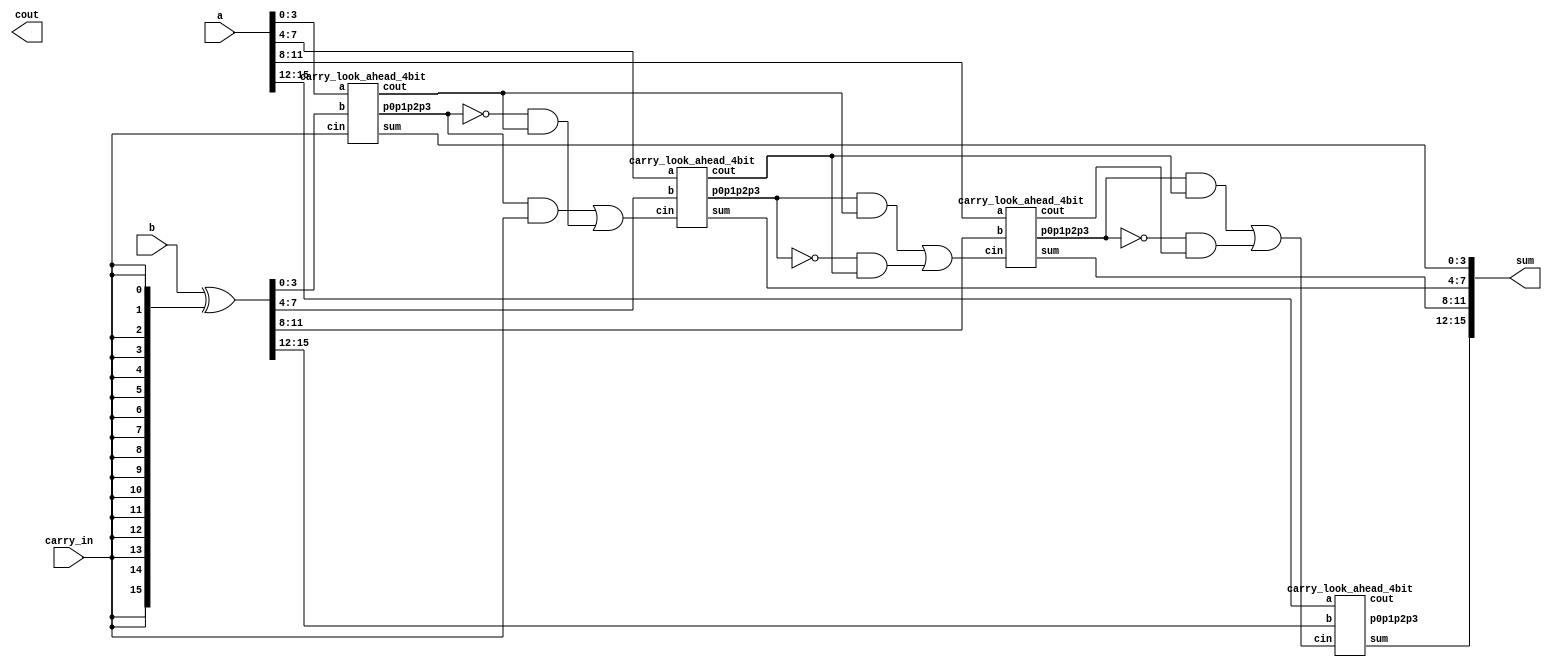
///////////////////////////////////////////////////////////

//16-bit Carry Look Ahead Adder 

///////////////////////////////////////////////////////////



`timescale 1ns / 1ps

module carry_look_ahead_16bit(a,b, carry_in, sum,cout);

  input signed[15:0] a,b;

input carry_in;

output signed[15:0] sum;

output cout;

wire c1,c2,c3,c4,c5,c6,c7;

  wire [15:0] b_int;

  wire [6:0]p;

  wire c1_p,c2_p,c3_p,c4_p,c5_p,c6_p,c7_p;



  assign b_int = (b ^ {16{carry_in}});// negate b for subtraction 

  carry_look_ahead_4bit cla1 (.a(a[3:0]), .b(b_int[3:0]), .cin((carry_in)), .sum(sum[3:0]), .cout(c1),.p0p1p2p3(p[0]));

  

  assign c1_p = (p[0] & carry_in) || ((!p[0]) & c1);//mux for carry propogation

  carry_look_ahead_4bit cla2 (.a(a[7:4]), .b(b_int[7:4]), .cin(c1_p), .sum(sum[7:4]), .cout(c2),.p0p1p2p3(p[1]));

  

  assign c2_p = (p[1] & c1) || ((~p[1])&c2);

  carry_look_ahead_4bit cla3(.a(a[11:8]), .b(b_int[11:8]), .cin(c2_p), .sum(sum[11:8]), .cout(c3),.p0p1p2p3(p[2]));

  

  assign c3_p = (p[2] & c2) || ((~p[2])&c3);

  carry_look_ahead_4bit cla4(.a(a[15:12]), .b(b_int[15:12]), .cin(c3_p), .sum(sum[15:12]), .cout(c4),.p0p1p2p3(p[3]));



endmodule  

////////////////////////////////////////////////////////

//4-bit Carry Look Ahead Adder 

////////////////////////////////////////////////////////



module carry_look_ahead_4bit(a,b, cin, sum,cout,p0p1p2p3);

input [3:0] a,b;

input cin;

output [3:0] sum;

output cout;

  output p0p1p2p3;

  wire [3:0] p,g,c;



assign p=a^b;//propagate

assign g=a&b; //generate



//carry=gi + Pi.ci



assign c[0]=cin;

assign c[1]= g[0]|(p[0]&c[0]);

assign c[2]= g[1] | (p[1]&g[0]) | p[1]&p[0]&c[0];

assign c[3]= g[2] | (p[2]&g[1]) | p[2]&p[1]&g[0] | p[2]&p[1]&p[0]&c[0];

assign cout= g[3] | (p[3]&g[2]) | p[3]&p[2]&g[1] | p[3]&p[2]&p[1]&g[0] | p[3]&p[2]&p[1]&p[0]&c[0];

assign sum=p^c;

  assign p0p1p2p3=p[0]&p[1]&p[2]&p[3];



endmodule



///////////////////////////////////////////////////////////

//Complex multiplier

//////////////////////////////////////////////////////////

//`timescale 1ns / 1ps

module complex_mult(multiplicant,product);


  input signed [15:0]multiplicant;

  output signed [15:0]product;

  wire [15:0]sum1,sum2,sum3,sum4,sum5;

  wire cout1,cout2,cout3,cout4,cout5;

  

  carry_look_ahead_16bit cla_16_1 (.a({multiplicant[15],multiplicant[15:1]}),.b({multiplicant[15],multiplicant[15],multiplicant[15],multiplicant[15:3]}), .carry_in(1'b0), .sum(sum1),.cout(cout1));

  

  carry_look_ahead_16bit cla_16_2 (.a({multiplicant[15],multiplicant[15],multiplicant[15],multiplicant[15],multiplicant[15:4]}),.b({multiplicant[15],multiplicant[15],multiplicant[15],multiplicant[15],multiplicant[15],multiplicant[15],multiplicant[15:6]}), .carry_in(1'b0), .sum(sum2),.cout(cout2));

  

    carry_look_ahead_16bit cla_16_3 (.a({multiplicant[15],multiplicant[15],multiplicant[15],multiplicant[15],multiplicant[15],multiplicant[15],multiplicant[15],multiplicant[15],multiplicant[15:8]}),.b({multiplicant[15],multiplicant[15],multiplicant[15],multiplicant[15],multiplicant[15],multiplicant[15],multiplicant[15],multiplicant[15],multiplicant[15],multiplicant[15],multiplicant[15:10]}), .carry_in(1'b0), .sum(sum3),.cout(cout3));

   carry_look_ahead_16bit cla_16_4 (.a(sum1),.b(sum2), .carry_in(1'b0), .sum(sum4),.cout(cout4));

  carry_look_ahead_16bit cla_16_5 (.a(sum3),.b(sum4), .carry_in(1'b0), .sum(sum5),.cout(cout5));

  

  assign product=sum5;

  

endmodule



///////////////////////////////////////////////////////////

//Butterfly Unit 

///////////////////////////////////////////////////////////

//`timescale 1ns / 1ps

module BFU(A_real,A_imag,B_real,B_imag,sel_w,X0_real, X0_imag, X1_real, X1_imag);


  input signed[15:0] A_real,A_imag,B_real,B_imag;

  input [1:0]sel_w;

  output signed [15:0] X0_real, X0_imag, X1_real, X1_imag;

  wire [15:0] sum1,diff1,B_sum_prod,B_sum_prod_n,B_diff_prod,B_real_n;

  reg signed [15:0] B_real_0,B_imag_0,B_real_1,B_imag_1,Bxw_real,Bxw_imag;

  wire cout1,cout2,cout3,cout4;

 

  always@(B_real,B_imag,sel_w)

    begin //Decoder to direct B based on w (sel_w)

      case(sel_w)

        2'b00,2'b10 : 

          begin

          B_real_0 <= B_real;

          B_imag_0 <= B_imag;

          end

        2'b01,2'b11 : 

          begin

          B_real_1 <= B_real;

          B_imag_1 <= B_imag;

          end

         endcase

        end

  carry_look_ahead_16bit cla_bfu_1 (.a(B_real_1),.b(B_imag_1), .carry_in(1'b0), .sum(sum1),.cout(cout1));//b_real+b_imag

  

  carry_look_ahead_16bit cla_bfu_2 (.a(B_imag_1),.b(B_real_1), .carry_in(1'b1), .sum(diff1),.cout(cout2));//b_imag-b_real

  

  complex_mult cmult_1 (.multiplicant(sum1),.product(B_sum_prod));//0.707*(sum)

  

  complex_mult cmult_2 (.multiplicant(diff1),.product(B_diff_prod));//0.707*(diff)

  

  carry_look_ahead_16bit cla_bfu_3 (.a(16'b0),.b(B_sum_prod), .carry_in(1'b1), .sum(B_sum_prod_n),.cout(cout3));//-0.707*(sum)

  

  carry_look_ahead_16bit cla_bfu_4 (.a(16'b0),.b(B_real_0), .carry_in(1'b1), .sum(B_real_n),.cout(cout3));//-b_real




   always@(*)

     begin

       case(sel_w)

         2'b00:

           begin

             Bxw_real <= B_real_0;

             Bxw_imag <= B_imag_0;

           end

         2'b01:

           begin

             Bxw_real <= B_sum_prod;

             Bxw_imag <= B_diff_prod;

           end

         2'b10:

           begin

             Bxw_real <= B_imag_0;

             Bxw_imag  <= B_real_n;

           end

         2'b11:

           begin

             Bxw_real <= B_diff_prod;

             Bxw_imag <= B_sum_prod_n;

           end

       endcase

      end

  

  carry_look_ahead_16bit cla_bfu_5 (.a(A_real),.b(Bxw_real), .carry_in(1'b0), .sum(X0_real),.cout());//A'_real

  carry_look_ahead_16bit cla_bfu_6 (.a(A_imag),.b(Bxw_imag), .carry_in(1'b0), .sum(X0_imag),.cout());//A'_imag

  carry_look_ahead_16bit cla_bfu_7 (.a(A_real),.b(Bxw_real), .carry_in(1'b1),.sum(X1_real),.cout());//B'_real

  carry_look_ahead_16bit cla_bfu_8 (.a(A_imag),.b(Bxw_imag), .carry_in(1'b1), .sum(X1_imag),.cout());//B'_imag

  


endmodule



///////////////////////////////////////////////////////////

//FFT UNIT

///////////////////////////////////////////////////////////


module FFT(In_real0,In_real1,In_real2,In_real3,In_real4,In_real5,In_real6,In_real7,In_imag0,In_imag1,In_imag2,In_imag3,In_imag4,In_imag5,In_imag6,In_imag7,reset_n,clk,write,start_fft,Out_real0,Out_real1,Out_real2,Out_real3,Out_real4,Out_real5,Out_real6,Out_real7,Out_imag0,Out_imag1,Out_imag2,Out_imag3,Out_imag4,Out_imag5,Out_imag6,Out_imag7,fft_ready);



  input signed [15:0]In_real0,In_real1,In_real2,In_real3,In_real4,In_real5,In_real6,In_real7,In_imag0,In_imag1,In_imag2,In_imag3,In_imag4,In_imag5,In_imag6,In_imag7;

  input clk,reset_n,write,start_fft;

  output reg fft_ready;

  output reg signed [15:0]Out_real0,Out_real1,Out_real2,Out_real3,Out_real4,Out_real5,Out_real6,Out_real7,Out_imag0,Out_imag1,Out_imag2,Out_imag3,Out_imag4,Out_imag5,Out_imag6,Out_imag7;


  wire [15:0] stage1_op_real[7:0],stage1_op_imag[7:0],stage2_op_real[7:0],stage2_op_imag[7:0],stage3_op_real[7:0],stage3_op_imag[7:0];

  reg signed [15:0]stage1_ip_real[7:0],stage1_ip_imag[7:0],stage2_ip_real[7:0],stage2_ip_imag[7:0],stage3_ip_real[7:0],stage3_ip_imag[7:0],Input_real_reg[7:0],Input_imag_reg[7:0];

  reg strt_s1,strt_s2,strt_s3;
  
  always@(posedge clk or negedge reset_n)
    begin
      if(!reset_n)
        begin
        Input_real_reg[0]<=15'd0;
      Input_real_reg[1]<=15'd0;
      Input_real_reg[2]<=15'd0;
      Input_real_reg[3]<=15'd0;
      Input_real_reg[4]<=15'd0;
      Input_real_reg[5]<=15'd0;
      Input_real_reg[6]<=15'd0;
      Input_real_reg[7]<=15'd0;
      Input_imag_reg[0]<=15'd0;
      Input_imag_reg[1]<=15'd0;
      Input_imag_reg[2]<=15'd0;
      Input_imag_reg[3]<=15'd0;
      Input_imag_reg[4]<=15'd0;
      Input_imag_reg[5]<=15'd0;
      Input_imag_reg[6]<=15'd0;
      Input_imag_reg[7]<=15'b0;
      strt_s1<=1'b0;
      strt_s2<=1'b0;
      strt_s3<=1'b0;
      fft_ready<=1'b0; 
        end
        else if (write)
          begin             
            Input_real_reg[0]<=In_real0;
            Input_real_reg[1]<=In_real1;
            Input_real_reg[2]<=In_real2;
            Input_real_reg[3]<=In_real3;
            Input_real_reg[4]<=In_real4;
            Input_real_reg[5]<=In_real5;
            Input_real_reg[6]<=In_real6;
            Input_real_reg[7]<=In_real7;
            Input_imag_reg[0]<=In_imag0;
            Input_imag_reg[1]<=In_imag1;
            Input_imag_reg[2]<=In_imag2;
            Input_imag_reg[3]<=In_imag3;
            Input_imag_reg[4]<=In_imag4;
            Input_imag_reg[5]<=In_imag5;
            Input_imag_reg[6]<=In_imag6;
            Input_imag_reg[7]<=In_imag7;
          end
                  
    end

  
    always@(posedge clk or negedge reset_n)
    begin
      if(!reset_n)
        begin
        stage1_ip_real[0]<=15'd0;
      stage1_ip_real[1]<=15'd0;
      stage1_ip_real[2]<=15'd0;
      stage1_ip_real[3]<=15'd0;
      stage1_ip_real[4]<=15'd0;
      stage1_ip_real[5]<=15'd0;
      stage1_ip_real[6]<=15'd0;
      stage1_ip_real[7]<=15'd0;
      stage1_ip_imag[0]<=15'd0;
      stage1_ip_imag[1]<=15'd0;
      stage1_ip_imag[2]<=15'd0;
      stage1_ip_imag[3]<=15'd0;
      stage1_ip_imag[4]<=15'd0;
      stage1_ip_imag[5]<=15'd0;
      stage1_ip_imag[6]<=15'd0;
      stage1_ip_imag[7]<=15'b0;  
      
        end
      else if (start_fft)
          begin             
            stage1_ip_real[0]<=Input_real_reg[0];
            stage1_ip_real[1]<=Input_real_reg[1];
            stage1_ip_real[2]<=Input_real_reg[2];
            stage1_ip_real[3]<=Input_real_reg[3];
            stage1_ip_real[4]<=Input_real_reg[4];
            stage1_ip_real[5]<=Input_real_reg[5];
            stage1_ip_real[6]<=Input_real_reg[6];
            stage1_ip_real[7]<=Input_real_reg[7];
            stage1_ip_imag[0]<=Input_imag_reg[0];
            stage1_ip_imag[1]<=Input_imag_reg[1];
            stage1_ip_imag[2]<=Input_imag_reg[2];
            stage1_ip_imag[3]<=Input_imag_reg[3];
            stage1_ip_imag[4]<=Input_imag_reg[4];
            stage1_ip_imag[5]<=Input_imag_reg[5];
            stage1_ip_imag[6]<=Input_imag_reg[6];
            stage1_ip_imag[7]<=Input_imag_reg[7];
            strt_s1<=1'b1;
          end
      else if(!start_fft)
	      strt_s1<=1'b0;
                  
    end

  // initially compute stage 1. stage 1 consists only of basic addition and subtraction. For subtraction, carry input should be 1



	 //stage 1 output 1

  

  carry_look_ahead_16bit cla_fft_1 (.a(stage1_ip_real[0]),.b(stage1_ip_real[4]), .carry_in(1'b0), .sum(stage1_op_real[0]),.cout()); //Real (x0+x4)

  carry_look_ahead_16bit cla_fft_2 (.a(stage1_ip_imag[0]),.b(stage1_ip_imag[4]), .carry_in(1'b0), .sum(stage1_op_imag[0]),.cout()); //Imaginary (x0+x4)

	 

	 //stage 1 output 2

  carry_look_ahead_16bit cla_fft_3 (.a(stage1_ip_real[0]),.b(stage1_ip_real[4]), .carry_in(1'b1), .sum(stage1_op_real[1]),.cout());// real(x0-x4)

  carry_look_ahead_16bit cla_fft_4 (.a(stage1_ip_imag[0]),.b(stage1_ip_imag[4]), .carry_in(1'b1), .sum(stage1_op_imag[1]),.cout());// Imaginary (x0-x4)

	 

	 

	 //stage 1 output 3

  carry_look_ahead_16bit cla_fft_5 (.a(stage1_ip_real[2]),.b(stage1_ip_real[6]), .carry_in(1'b0), .sum(stage1_op_real[2]),.cout()); //Real (x2+x6)

  carry_look_ahead_16bit cla_fft_6 (.a(stage1_ip_imag[2]),.b(stage1_ip_imag[6]), .carry_in(1'b0), .sum(stage1_op_imag[2]),.cout()); //Imaginary (x2+x6)

	 

	 //stage 1 output 4

  carry_look_ahead_16bit cla_fft_7 (.a(stage1_ip_real[2]),.b(stage1_ip_real[6]), .carry_in(1'b1), .sum(stage1_op_real[3]),.cout());// real(x2-x6)

  carry_look_ahead_16bit cla_fft_8 (.a(stage1_ip_imag[2]),.b(stage1_ip_imag[6]), .carry_in(1'b1), .sum(stage1_op_imag[3]),.cout());// Imaginary (x2-x6)

	 

	 //stage 1 output 5

  carry_look_ahead_16bit cla_fft_9 (.a(stage1_ip_real[1]),.b(stage1_ip_real[5]), .carry_in(1'b0), .sum(stage1_op_real[4]),.cout()); //Real (x1+x5)

  carry_look_ahead_16bit cla_fft_10 (.a(stage1_ip_imag[1]),.b(stage1_ip_imag[5]), .carry_in(1'b0), .sum(stage1_op_imag[4]),.cout()); //Imaginary (x1+x5)

	 

	 //stage 1 output 6

  carry_look_ahead_16bit cla_fft_11 (.a(stage1_ip_real[1]),.b(stage1_ip_real[5]), .carry_in(1'b1), .sum(stage1_op_real[5]),.cout());// real(x1-x5)

  carry_look_ahead_16bit cla_fft_12 (.a(stage1_ip_imag[1]),.b(stage1_ip_imag[5]), .carry_in(1'b1), .sum(stage1_op_imag[5]),.cout());// Imaginary (x1-x5)

	  

	 //stage 1 output 7

  carry_look_ahead_16bit cla_fft_13 (.a(stage1_ip_real[3]),.b(stage1_ip_real[7]), .carry_in(1'b0), .sum(stage1_op_real[6]),.cout()); //Real (x3+x7)

  carry_look_ahead_16bit cla_fft_14 (.a(stage1_ip_imag[3]),.b(stage1_ip_imag[7]), .carry_in(1'b0), .sum(stage1_op_imag[6]),.cout()); //Imaginary (x3+x7)

	 

	 //stage 1 output 8

  carry_look_ahead_16bit cla_fft_15 (.a(stage1_ip_real[3]),.b(stage1_ip_real[7]), .carry_in(1'b1), .sum(stage1_op_real[7]),.cout());// real(x3-x7)

  carry_look_ahead_16bit cla_fft_16 (.a(stage1_ip_imag[3]),.b(stage1_ip_imag[7]), .carry_in(1'b1), .sum(stage1_op_imag[7]),.cout());// Imaginary (x3-x7) 



  always@(posedge clk or negedge reset_n)

    begin

      if(!reset_n)

        begin

        stage2_ip_real[0]<=16'b0;

        stage2_ip_imag[0]<=16'b0;

        stage2_ip_real[1]<=16'b0;

        stage2_ip_imag[1]<=16'b0;

      	stage2_ip_real[2]<=16'b0;

      	stage2_ip_imag[2]<=16'b0;

      	stage2_ip_real[3]<=16'b0;

      	stage2_ip_imag[3]<=16'b0;

      	stage2_ip_real[4]<=16'b0;

      	stage2_ip_imag[4]<=16'b0;

      	stage2_ip_real[5]<=16'b0;

      	stage2_ip_imag[5]<=16'b0;

      	stage2_ip_real[6]<=16'b0;

      	stage2_ip_imag[6]<=16'b0;

      	stage2_ip_real[7]<=16'b0;

      	stage2_ip_imag[7]<=16'b0;
          
       end

       else

         begin

           stage2_ip_real[0]<=stage1_op_real[0];

           stage2_ip_imag[0]<=stage1_op_imag[0];

           stage2_ip_real[1]<=stage1_op_real[1];

           stage2_ip_imag[1]<=stage1_op_imag[1];

           stage2_ip_real[2]<=stage1_op_real[2];

           stage2_ip_imag[2]<=stage1_op_imag[2];

           stage2_ip_real[3]<=stage1_op_real[3];

           stage2_ip_imag[3]<=stage1_op_imag[3];

           stage2_ip_real[4]<=stage1_op_real[4];

           stage2_ip_imag[4]<=stage1_op_imag[4];

           stage2_ip_real[5]<=stage1_op_real[5];

           stage2_ip_imag[5]<=stage1_op_imag[5];

           stage2_ip_real[6]<=stage1_op_real[6];

           stage2_ip_imag[6]<=stage1_op_imag[6];

           stage2_ip_real[7]<=stage1_op_real[7];

           stage2_ip_imag[7]<=stage1_op_imag[7];
                 
           strt_s2<=strt_s1;
        end
     
    end


	//stage 2 computation.

	

	

	//stage 2 output 1

  carry_look_ahead_16bit cla_fft_17 (.a(stage2_ip_real[0]),.b(stage2_ip_real[2]), .carry_in(1'b0), .sum(stage2_op_real[0]),.cout()); // real (stage 1 op1 + stage 1 op3)

  carry_look_ahead_16bit cla_fft_18 (.a(stage2_ip_imag[0]),.b(stage2_ip_imag[2]), .carry_in(1'b0), .sum(stage2_op_imag[0]),.cout()); // imag (stage 1 op1 + stage 1 op3)

	 

	 //stage 2 output 3

  carry_look_ahead_16bit cla_fft_19 (.a(stage2_ip_real[0]),.b(stage2_ip_real[2]), .carry_in(1'b1), .sum(stage2_op_real[2]),.cout()); // real (stage 1 op1 - stage 1 op3)

  carry_look_ahead_16bit cla_fft_20 (.a(stage2_ip_imag[0]),.b(stage2_ip_imag[2]), .carry_in(1'b1), .sum(stage2_op_imag[2]),.cout()); // imag (stage 1 op1 - stage 1 op3)



	//stage 2 output 2 and 4

	

  BFU bf1 (.A_real(stage2_ip_real[1]),.A_imag(stage2_ip_imag[1]),.B_real(stage2_ip_real[3]),.B_imag(stage2_ip_imag[3]),.sel_w(2'b10),.X0_real(stage2_op_real[1]), 

           .X0_imag(stage2_op_imag[1]), .X1_real(stage2_op_real[3]), .X1_imag(stage2_op_imag[3])); // 10 is selected for sel_w as w^2 is the twiddle factor

	 

	 // stage 2 output 5 and 7

	 

	//stage 2 output 5

  carry_look_ahead_16bit cla_fft_21 (.a(stage2_ip_real[4]),.b(stage2_ip_real[6]), .carry_in(1'b0), .sum(stage2_op_real[4]),.cout()); // real (stage 1 op5 + stage 1 op7)

  carry_look_ahead_16bit cla_fft_22 (.a(stage2_ip_imag[4]),.b(stage2_ip_imag[6]), .carry_in(1'b0), .sum(stage2_op_imag[4]),.cout()); // imag (stage 1 op5 + stage 1 op7)

	 

	 //stage 2 output 7

  carry_look_ahead_16bit cla_fft_23 (.a(stage2_ip_real[4]),.b(stage2_ip_real[6]), .carry_in(1'b1), .sum(stage2_op_real[6]),.cout()); // real (stage 1 op5 - stage 1 op7)

  carry_look_ahead_16bit cla_fft_24 (.a(stage2_ip_imag[4]),.b(stage2_ip_imag[6]), .carry_in(1'b1), .sum(stage2_op_imag[6]),.cout()); // imag (stage 1 op5 - stage 1 op7)

	

	//stage 2 output 6 and 8

	

  BFU bf2 (.A_real(stage2_ip_real[5]),.A_imag(stage2_ip_imag[5]),.B_real(stage2_ip_real[7]),.B_imag(stage2_ip_imag[7]),.sel_w(2'b10),.X0_real(stage2_op_real[5])

           , .X0_imag(stage2_op_imag[5]), .X1_real(stage2_op_real[7]), .X1_imag(stage2_op_imag[7])); // 10 is selected for sel_w as w^2 is the twiddle factor

  
   
  always@(posedge clk or negedge reset_n)

    begin

      if(!reset_n)

        begin

        stage3_ip_real[0]<=16'b0;

        stage3_ip_imag[0]<=16'b0;

        stage3_ip_real[1]<=16'b0;

        stage3_ip_imag[1]<=16'b0;

      	stage3_ip_real[2]<=16'b0;

      	stage3_ip_imag[2]<=16'b0;

      	stage3_ip_real[3]<=16'b0;

      	stage3_ip_imag[3]<=16'b0;

      	stage3_ip_real[4]<=16'b0;

      	stage3_ip_imag[4]<=16'b0;

      	stage3_ip_real[5]<=16'b0;

      	stage3_ip_imag[5]<=16'b0;

      	stage3_ip_real[6]<=16'b0;

      	stage3_ip_imag[6]<=16'b0;

      	stage3_ip_real[7]<=16'b0;

        stage3_ip_imag[7]<=16'b0;

        end

       else

         begin

           stage3_ip_real[0]<=stage2_op_real[0];

           stage3_ip_imag[0]<=stage2_op_imag[0];

           stage3_ip_real[1]<=stage2_op_real[1];

           stage3_ip_imag[1]<=stage2_op_imag[1];

           stage3_ip_real[2]<=stage2_op_real[2];

           stage3_ip_imag[2]<=stage2_op_imag[2];

           stage3_ip_real[3]<=stage2_op_real[3];

           stage3_ip_imag[3]<=stage2_op_imag[3];

           stage3_ip_real[4]<=stage2_op_real[4];

           stage3_ip_imag[4]<=stage2_op_imag[4];

           stage3_ip_real[5]<=stage2_op_real[5];

           stage3_ip_imag[5]<=stage2_op_imag[5];

           stage3_ip_real[6]<=stage2_op_real[6];

           stage3_ip_imag[6]<=stage2_op_imag[6];

           stage3_ip_real[7]<=stage2_op_real[7];

           stage3_ip_imag[7]<=stage2_op_imag[7];

           strt_s3<=strt_s2;

	  
         end

    end

  

  	//stage 3 computation.


		//stage 3 output 1 X0

  carry_look_ahead_16bit cla_fft_25 (.a(stage3_ip_real[0]),.b(stage3_ip_real[4]), .carry_in(1'b0), .sum(stage3_op_real[0]),.cout()); // real (stage 2 op1 + stage 2 op5)

  carry_look_ahead_16bit cla_fft_26 (.a(stage3_ip_imag[0]),.b(stage3_ip_imag[4]), .carry_in(1'b0), .sum(stage3_op_imag[0]),.cout()); // imag (stage 2 op1 + stage 2 op5)

	 

	 	//stage 3 output 5 X4

  carry_look_ahead_16bit cla_fft_27 (.a(stage3_ip_real[0]),.b(stage3_ip_real[4]), .carry_in(1'b1), .sum(stage3_op_real[4]),.cout()); // real (stage 2 op1 + stage 2 op5)

  carry_look_ahead_16bit cla_fft_28 (.a(stage3_ip_imag[0]),.b(stage3_ip_imag[4]), .carry_in(1'b1), .sum(stage3_op_imag[4]),.cout()); // imag (stage 2 op1 + stage 2 op5)

	 

	  // stage 3 output 2 == X1 and output 6== X5

  BFU bf3 (.A_real(stage3_ip_real[1]),.A_imag(stage3_ip_imag[1]),.B_real(stage3_ip_real[5]),.B_imag(stage3_ip_imag[5]),.sel_w(2'b01),.X0_real(stage3_op_real[1])

           , .X0_imag(stage3_op_imag[1]), .X1_real(stage3_op_real[5]), .X1_imag(stage3_op_imag[5])); // 01 is selected for sel_w as w is the twiddle factor

	 

	 //stage 3 output 3==X2 and OUTPUT 7 ==X6

	

  BFU bf4 (.A_real(stage3_ip_real[2]),.A_imag(stage3_ip_imag[2]),.B_real(stage3_ip_real[6]),.B_imag(stage3_ip_imag[6]),.sel_w(2'b10),.X0_real(stage3_op_real[2])

           , .X0_imag(stage3_op_imag[2]), .X1_real(stage3_op_real[6]), .X1_imag(stage3_op_imag[6])); // 10 is selected for sel_w as w^2 is the twiddle factor

	

	//stage 3 output 4==X3 and OUTPUT 8 ==X7

	  BFU bf5 (.A_real(stage3_ip_real[3]),.A_imag(stage3_ip_imag[3]),.B_real(stage3_ip_real[7]),.B_imag(stage3_ip_imag[7]),.sel_w(2'b11),.X0_real(stage3_op_real[3])

          , .X0_imag(stage3_op_imag[3]), .X1_real(stage3_op_real[7]), .X1_imag(stage3_op_imag[7])); // 11 is selected for sel_w as w^3 is the twiddle factor


	    always@(posedge clk or negedge reset_n)

    begin

      if(!reset_n)

        begin

        Out_real0<=16'b0;

        Out_imag0<=16'b0;

        Out_real1<=16'b0;

        Out_imag1<=16'b0;

      	Out_real2<=16'b0;

      	Out_imag2<=16'b0;

      	Out_real3<=16'b0;

      	Out_imag3<=16'b0;

      	Out_real4<=16'b0;

      	Out_imag4<=16'b0;

      	Out_real5<=16'b0;

      	Out_imag5<=16'b0;

      	Out_real6<=16'b0;

      	Out_imag6<=16'b0;

      	Out_real7<=16'b0;

        Out_imag7<=16'b0;

        end

       else

         begin

           Out_real0<=stage3_op_real[0];

           Out_imag0<=stage3_op_imag[0];

           Out_real1<=stage3_op_real[1];

           Out_imag1<=stage3_op_imag[1];

           Out_real2<=stage3_op_real[2];

           Out_imag2<=stage3_op_imag[2];

           Out_real3<=stage3_op_real[3];

           Out_imag3<=stage3_op_imag[3];

           Out_real4<=stage3_op_real[4];

           Out_imag4<=stage3_op_imag[4];

           Out_real5<=stage3_op_real[5];

           Out_imag5<=stage3_op_imag[5];

           Out_real6<=stage3_op_real[6];

           Out_imag6<=stage3_op_imag[6];

           Out_real7<=stage3_op_real[7];

           Out_imag7<=stage3_op_imag[7];

 	   fft_ready<=strt_s3;

         end

    end

endmodule


module FFT_wrapper(in0_real,in0_imag,in1_real,in1_imag,in2_real,in2_imag,in3_real,in3_imag,in4_real,in4_imag,in5_real,in5_imag,in6_real,in6_imag,in7_real,in7_imag,CLK,RST_N,write,start,out0_real,out0_imag,out1_real,out1_imag,out2_real,out2_imag,out3_real,out3_imag,out4_real,out4_imag,out5_real,out5_imag,out6_real,out6_imag,out7_real,out7_imag,ready);
  
  input signed [15:0]in0_real,in1_real,in2_real,in3_real,in4_real,in5_real,in6_real,in7_real,in0_imag,in1_imag,in2_imag,in3_imag,in4_imag,in5_imag,in6_imag,in7_imag;

  input CLK,RST_N,write,start;

  output ready;

  output wire signed [15:0]out0_real,out1_real,out2_real,out3_real,out4_real,out5_real,out6_real,out7_real,out0_imag,out1_imag,out2_imag,out3_imag,out4_imag,out5_imag,out6_imag,out7_imag;

  FFT fft(.In_real0(in0_real),.In_real1(in1_real),.In_real2(in2_real),.In_real3(in3_real),.In_real4(in4_real),.In_real5(in5_real),.In_real6(in6_real),.In_real7(in7_real),.In_imag0(in0_imag),.In_imag1(in1_imag),.In_imag2(in2_imag),.In_imag3(in3_imag),.In_imag4(in4_imag),.In_imag5(in5_imag),.In_imag6(in6_imag),.In_imag7(in7_imag),.reset_n(RST_N),.clk(CLK),.write(write),.start_fft(start),.Out_real0(out0_real),.Out_real1(out1_real),.Out_real2(out2_real),.Out_real3(out3_real),.Out_real4(out4_real),.Out_real5(out5_real),.Out_real6(out6_real),.Out_real7(out7_real),.Out_imag0(out0_imag),.Out_imag1(out1_imag),.Out_imag2(out2_imag),.Out_imag3(out3_imag),.Out_imag4(out4_imag),.Out_imag5(out5_imag),.Out_imag6(out6_imag),.Out_imag7(out7_imag),.fft_ready(ready));


endmodule